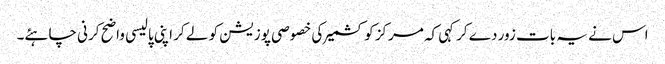
اس نے یہ بات زور دے کرکہی کہ مرکز کو کشمیر کی خصوصی پوزیشن کو لے کر اپنی پالیسی واضح کرنی چاہئے۔